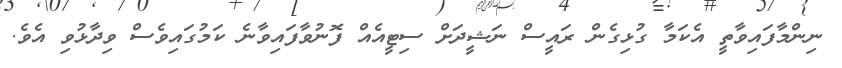
ނިންމާފައިވާތީ އެކަމާ ގުޅިގެން ރައީސް ނަޝީދަށް ސިޓީއެއް ފޮނުވާފައިވާނެ ކަމުގައިވެސް ވިދާޅުވި އެވެ.